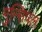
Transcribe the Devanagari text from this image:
मुन्सिपल